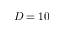
D = 1 0